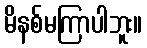
မိနစ်မကြာပါဘူး။